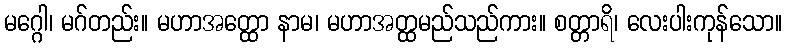
မဂ္ဂေါ၊ မဂ်တည်း။ မဟာအတ္ထော နာမ၊ မဟာအတ္ထမည်သည်ကား။ စတ္တာရိ၊ လေးပါးကုန်သော။